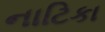
નાટિકા